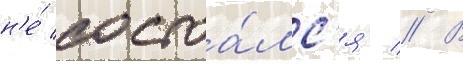
н'е́ состоа́лс'я // В